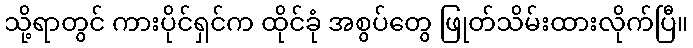
သို့ရာတွင် ကားပိုင်ရှင်က ထိုင်ခုံ အစွပ်တွေ ဖြုတ်သိမ်းထားလိုက်ပြီ။